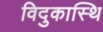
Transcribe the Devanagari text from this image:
विदुकास्थि